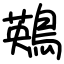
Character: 鶧